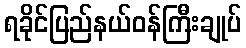
ရခိုင်ပြည်နယ်ဝန်ကြီးချုပ်